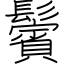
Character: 鬢